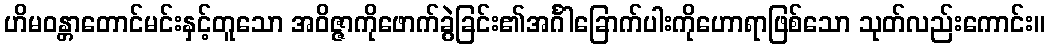
ဟိမဝန္တာတောင်မင်းနှင့်တူသော အဝိဇ္ဇာကိုဖောက်ခွဲခြင်း၏အင်္ဂါခြောက်ပါးကိုဟောရာဖြစ်သော သုတ်လည်းကောင်း။